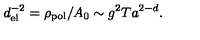
d _ { \mathrm { e l } } ^ { - 2 } = \rho _ { \mathrm { p o l } } / A _ { 0 } \sim g ^ { 2 } T a ^ { 2 - d } .